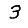
Digit: 3